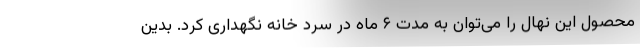
محصول این نهال را می‌توان به مدت ۶ ماه در سرد خانه نگهداری کرد. بدین